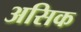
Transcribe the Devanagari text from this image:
असिक